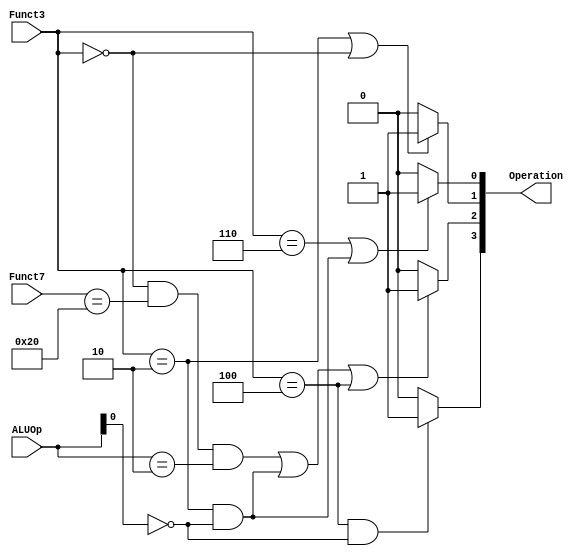
`timescale 1ns / 1ps
//////////////////////////////////////////////////////////////////////////////////
// Company: 
// Engineer: 
// 
// Design Name: 
// Module Name: ALUController
// Project Name: 
// Target Devices: 
// Tool Versions: 
// Description: 
// 
// Dependencies: 
// 
// Revision:
// Revision 0.01 - File Created
// Additional Comments:
// 
//////////////////////////////////////////////////////////////////////////////////


// Module definition
module ALUController (
ALUOp , Funct7 , Funct3 , Operation
);
// Define the input and output signals
input   [1:0] ALUOp;
input   [6:0] Funct7;
input   [2:0] Funct3;
output  [3:0] Operation;

// Define the ALUController modules behavior
assign Operation[0] = ((Funct3 == 3'b110)  | ((Funct3 == 3'b010) & (ALUOp[0] == 1'b0))) ? 1'b1 : 1'b0;
assign Operation[1] = ((Funct3 == 3'b010)  | (Funct3 == 3'b000)) ? 1'b1 : 1'b0;
assign Operation[2] = ((Funct3 == 3'b000   &  Funct7 == 7'b0100000 & ALUOp == 2'b10) | 
                       (Funct3 == 3'b010   &  ALUOp[0] == 1'b0)                      | 
                       (Funct3 == 3'b100)) ?  1'b1 : 1'b0;
assign Operation[3] = ((Funct3 == 3'b100)  & (ALUOp[0] == 1'b0)) ?  1'b1 : 1'b0;                 

endmodule // ALUController